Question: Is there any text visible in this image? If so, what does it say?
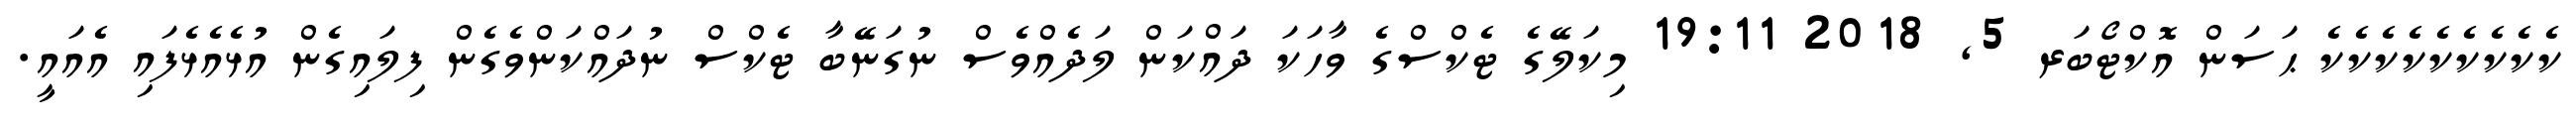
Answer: ކެކެކެކެކެކެކެކެކެ ޙަސަން އޮކްޓޯބަރ 5, 2018 19:11 މިކަލޭގެ ޓެކްސްގެ ވާހަކަ ދައްކަން ލަދެއްވެސް ނުގަނޭބާ ޓެކްސް ނުދައްކަންވެގެން ފިލައިގެން އުޅެއެޅެފައި އެއައީ.